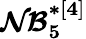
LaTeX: \boldsymbol{\mathcal{NB}_{5}^{*[4]}}